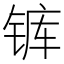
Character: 𰾋